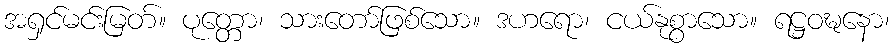
အရှင်မင်းမြတ်။ ပုတ္တော၊ သားတော်ဖြစ်သော။ ဒဟရော၊ ငယ်နုစွာသော။ ရဋ္ဌဝဍ္ဎနော၊